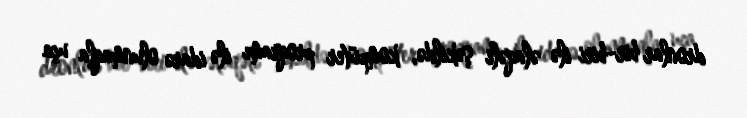
dronlar bir-biri ilə əlaqəli şəkildə, kompüter proqramı ilə idarə olunmaqla uça